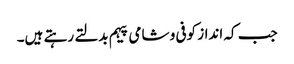
جب کہ انداز کوفی و شامی پیہم بدلتے رہتے ہیں۔